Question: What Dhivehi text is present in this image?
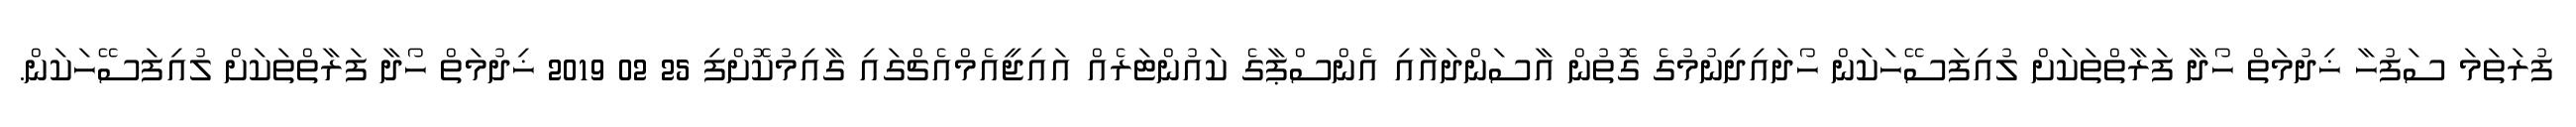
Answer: ފުރަތަމަ ސަފުހާ ޚިދުމަތް ހޯދާ ފަރާތްތަކަށް ލުއިފަސޭހަކަން ހޯދައިދިނުމުގެ ގޮތުން އާސަންދައާއި އެންސްޕާގެ ކައުންޓަރެއް އައިޖީއެމްއެޗްގައި ގާއިމުކޮށްފި 25 02 2019 ޚިދުމަތް ހޯދާ ފަރާތްތަކަށް ލުއިފަސޭހަކަން.